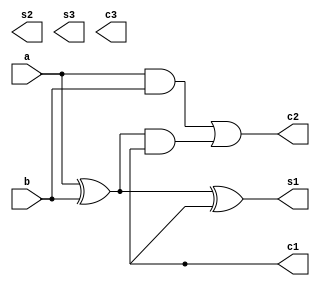
module full_adder(a,b,s1,c1,s2,c2,s3,c3);
  input wire a,b;
  output reg s1,c1,s2,c2;
  output s3,c3;
  wire w1,w2,w3;
  
  xor X1(w1,a,b);    
  xor X2(s1,w1,c1);
  and X3(w2,a,b);
  and X4(w3,w1,c1);
  or X5(c2,w2,w3);
  
  
  
endmodule